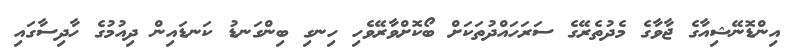
އިންޑޮނޭޝިއާގެ ޖާވާގެ މެދުތެރޭގެ ސަރަހައްދުތަކަށް ބޯކޮށްވާރޭވެހި ހިނގި ބިންގަނޑު ކަނޑައިން ދިއުމުގެ ހާދިސާގައި